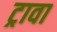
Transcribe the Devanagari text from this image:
ट्रावा